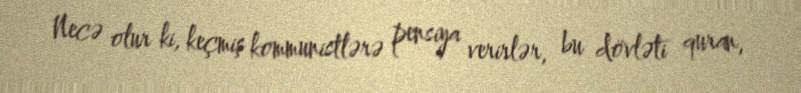
Necə olur ki, keçmiş kommunistlərə pensiya verirlər, bu dövləti quran,